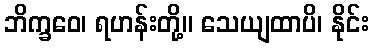
ဘိက္ခဝေ၊ ရဟန်းတို့။ သေယျထာပိ၊ နိုင်း